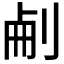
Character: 𠜐